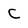
Character: c